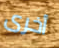
أخرى